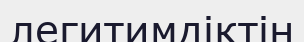
легитимдіктің